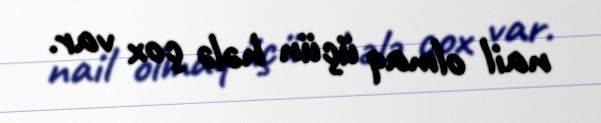
nail olmaq üçün hələ çox var.